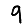
Digit: 9